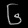
Digit: ၆